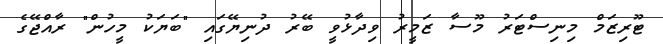
ޓޫރިޒަމް މިނިސްޓަރު މޫސާ ޒަމީރު ވިދާޅުވީ ބޭރު ދުނިޔޭގައި "ބަޔަކު މީހުން" ރާއްޖޭގެ